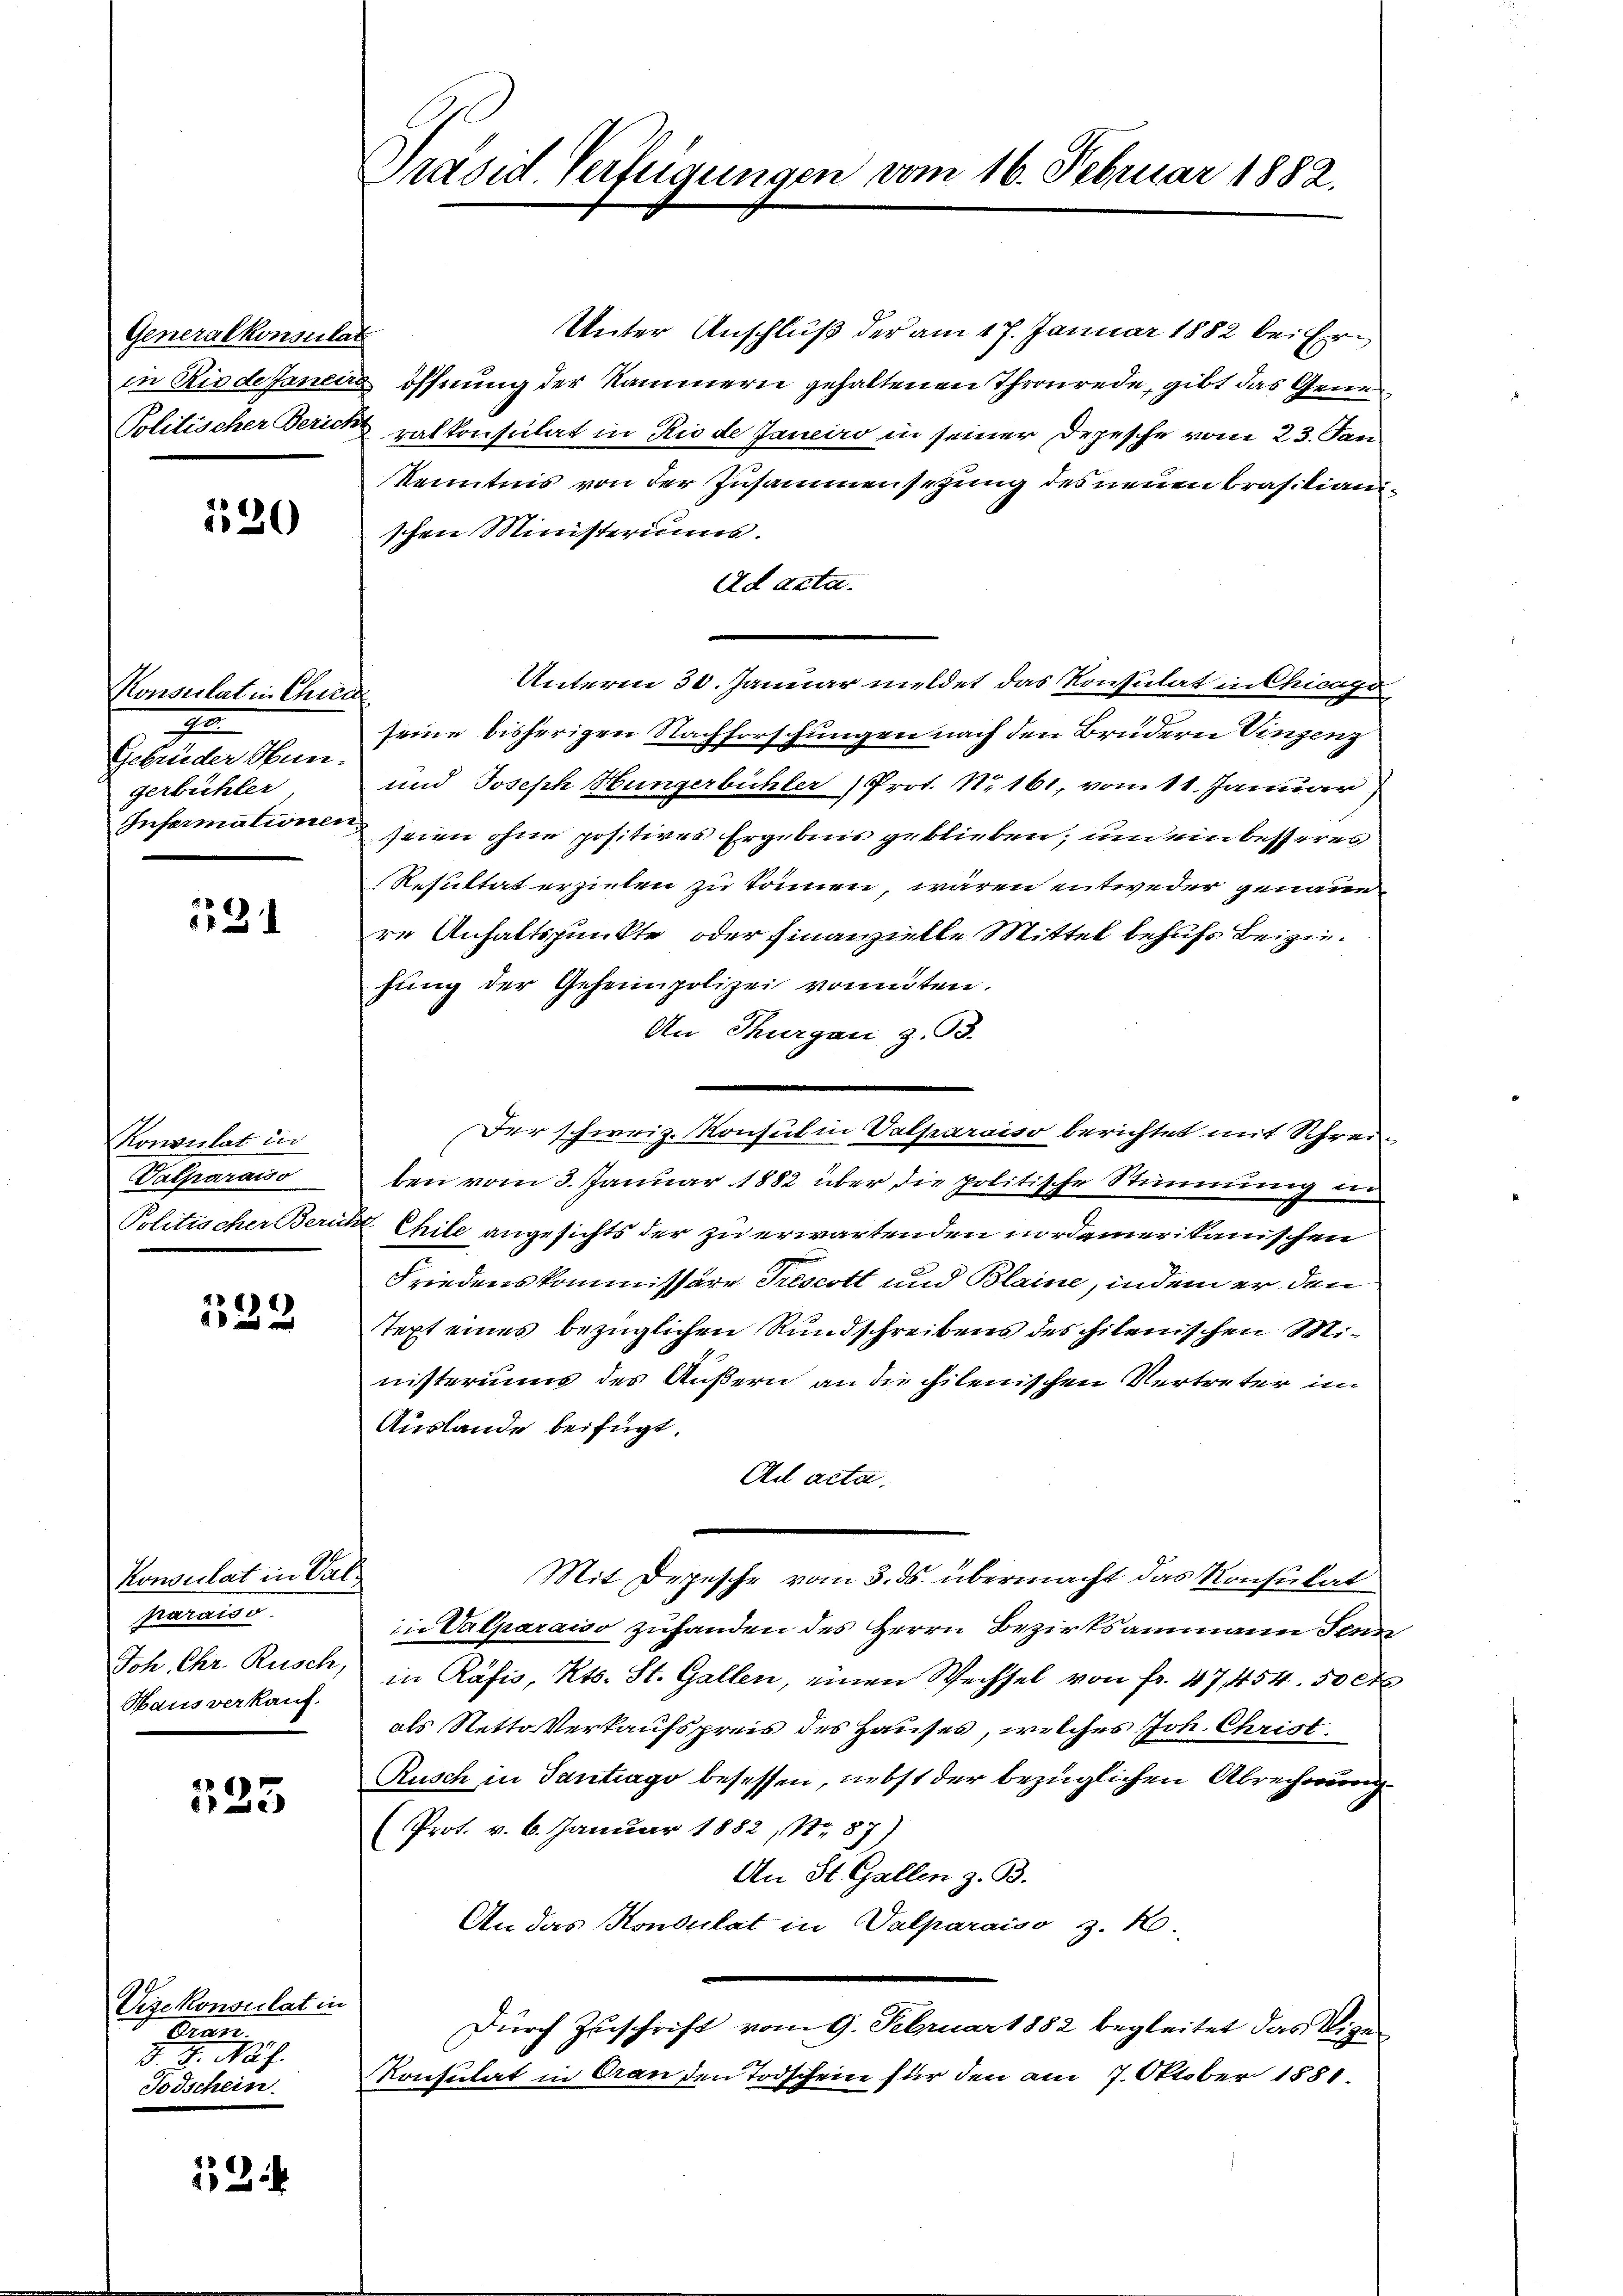
Generalkonsulat
in Riede Janeins
Politischer Zürich

120

Konsulat in Chris
2
Gebrüder Hungerbüchler
Infermationen,

131

Konsulat in
Vatharaiso
Politischer Zürich

532

Konsulat in Val
parais d
Joh. Chr. Rusch,
Haus verkauf.

535

Vizekonsulat in
Fran
d. J. Näh
Todschein.

52

Präsid. Verfügungen vom 16. Februar 1882.

Unter Anschluß der am 17. Januar 1882 bei Eröffnung der Kammern gehaltenen Thronrede, gibt das Generalkonsulat in Rio de Janeiro in seiner Depesche vom 23. Jan
Kenntnis von der Zusammensetzung des neuen Brasilianischen Ministeriums.
Ad acta.
Unterm 30. Januar meldet das Konsulat in Chicago
seine bisherigen Nachforschungen nach den Brudern Vinzenz
und Joseph Hungerbühler Prot. No 161, vom 11. Januar
seien ohne positives Ergebnis geblieben, und ein besseres
Resultat erzielen zu können, wären entweder genaue
re Anhaltspunkte oder Finanzielle Mittel behufs Beiziefung der Geheimpolizei vomuten.
An Thurgau, z. 93.
Der schweiz. Konsul in Valparaiso berichtet mit Schreiben vom 3. Januar 1882 über die politische Stimmung un
Chile angesichts der zu erwartenden nordamerikanischen
Friedenskommissäre Trescott und Blaine, indem er den
text eines bezüglichen Rundschreibens des hilenischen Ministeriums des Äußern an die chilenischen Vertreter im
Auslande beifügt,
Ad acta.
Mit Depesche vom 3. ds. übermacht das Konsulat
in Valparaiso zuhanden des Herrn Bezirksammann Sonn
in Räsis, Kts. St. Gallen, einen Wechsel von fr. 47, 454. 50 ct
als Netto Verkaufspreis des Hauses, welches Joh. Christ.
Rusch in Tantrago besessen, nebst der bezüglichen Abrechnung
(Prot. v. 6. Januar 1882, No. 87
An St. Gallen z. B.
An das Konsulat in Valparaiso z. R.
Durch Zuschrift vom 9. Februar 1882 begleitet das Eigen
Konsulat in Gran den Todschein für den am 7. Oktober 1881